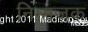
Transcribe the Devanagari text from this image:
निम्मजक